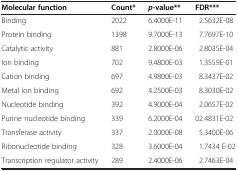
<table><thead><tr><td><b>Molecular function</b></td><td><b>Count*</b></td><td><b><i>p</i>-value**</b></td><td><b>FDR***</b></td></tr></thead><tbody><tr><td>Binding</td><td>2022</td><td>6.4000E-11</td><td>2.5632E-08</td></tr><tr><td>Protein binding</td><td>1398</td><td>9.7000E-13</td><td>7.7697E-10</td></tr><tr><td>Catalytic activity</td><td>881</td><td>2.8000E-06</td><td>2.8035E-04</td></tr><tr><td>Ion binding</td><td>702</td><td>9.4800E-03</td><td>1.3559E-01</td></tr><tr><td>Cation binding</td><td>697</td><td>4.9800E-03</td><td>8.3437E-02</td></tr><tr><td>Metal ion binding</td><td>692</td><td>4.2500E-03</td><td>8.3030E-02</td></tr><tr><td>Nucleotide binding</td><td>392</td><td>4.9000E-04</td><td>2.0657E-02</td></tr><tr><td>Purine nucleotide binding</td><td>339</td><td>6.2000E-04</td><td>02.4831E-02</td></tr><tr><td>Transferase activity</td><td>337</td><td>2.0000E-08</td><td>5.3400E-06</td></tr><tr><td>Ribonucleotide binding</td><td>328</td><td>3.6000E-04</td><td>1.7434 E-02</td></tr><tr><td>Transcription regulator activity</td><td>289</td><td>2.4000E-06</td><td>2.7463E-04</td></tr></tbody></table>